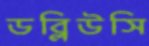
ডব্লিউসি